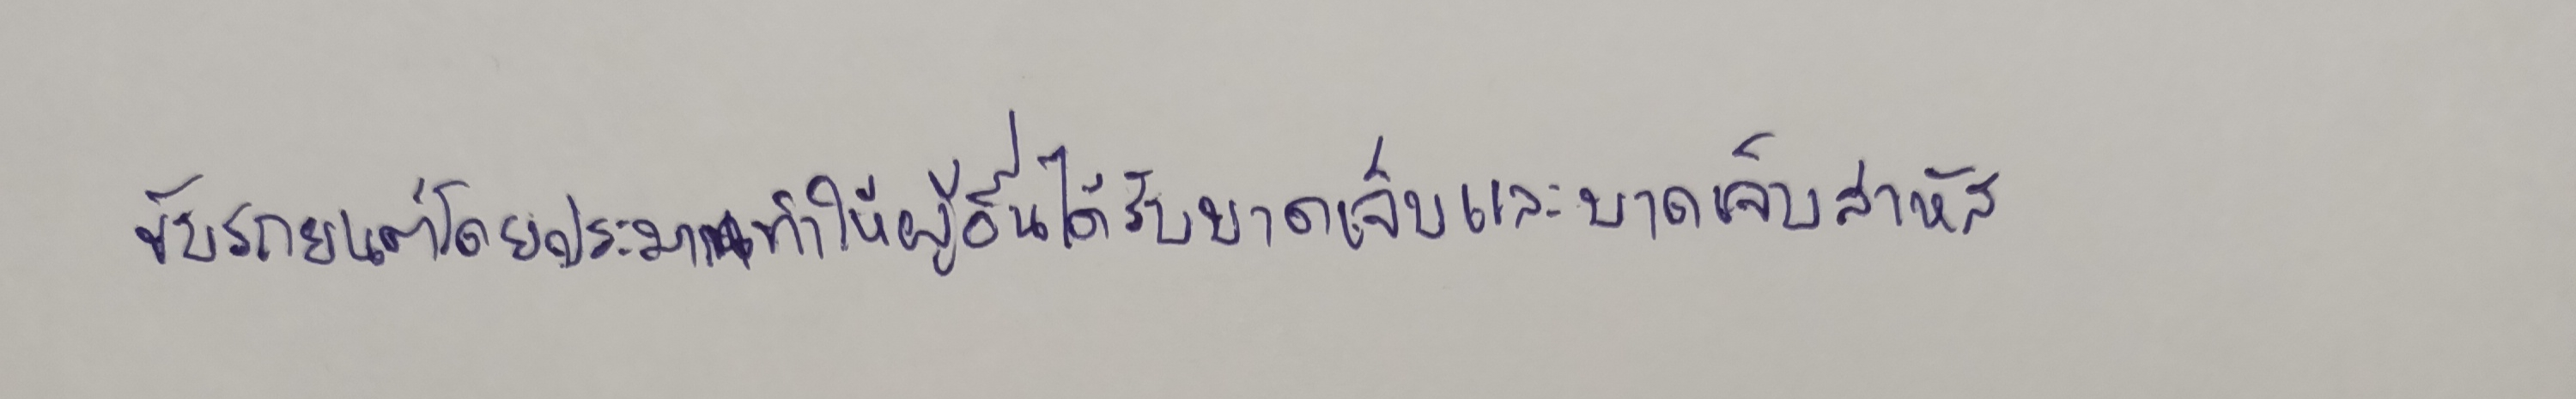
ขับรถยนต์โดยประมาททำให้ผู้อื่นได้รับบาดเจ็บและบาดเจ็บสาหัส